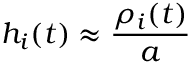
h _ { i } ( t ) \approx \frac { \rho _ { i } ( t ) } { a }